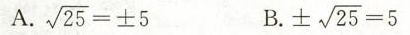
A.\sqrt25=\pm5 B.\pm\sqrt25=5